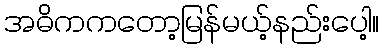
အဓိကကတော့မြန်မယ့်နည်းပေါ့။